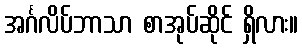
အင်္ဂလိပ်ဘာသာ စာအုပ်ဆိုင် ရှိလား။